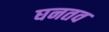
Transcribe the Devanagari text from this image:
घनतव